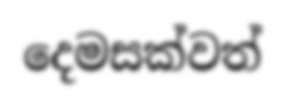
දෙමසක්වත්